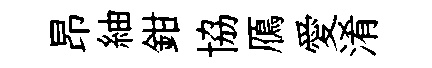
昂紬鉗協鴈愛淆